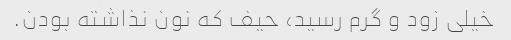
خیلی زود و گرم رسید، حیف که نون نذاشته بودن.